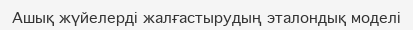
Ашық жүйелерді жалғастырудың эталондық моделі